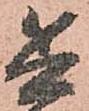
兵